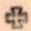
+